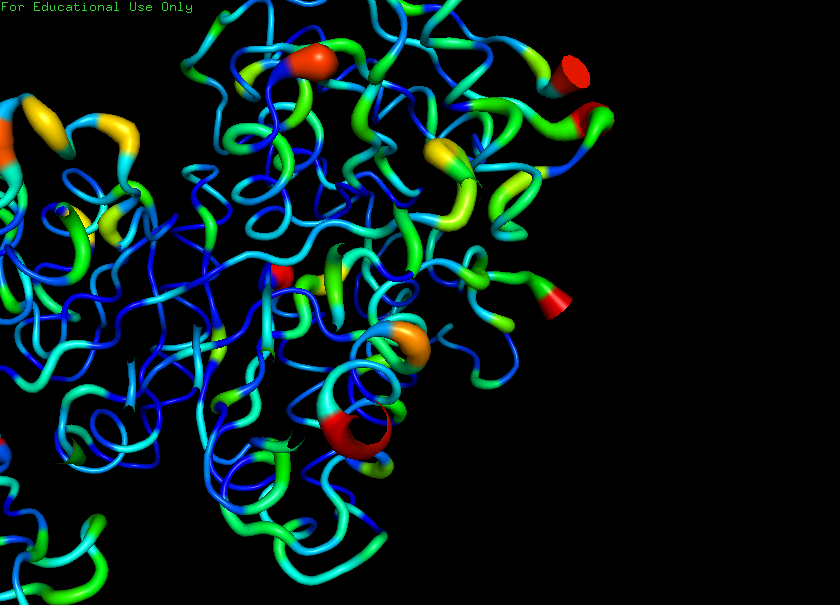
pymol, preset, b_factor_putty